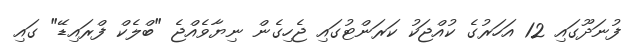
ފުނަދޫގައި 12 އަހަރުގެ ކުއްޖަކު ކަރަންޓުގައި ޖެހިގެން ނިޔާވެއްޖެ "ބްލެކް ފްރައިޑޭ" ގައި